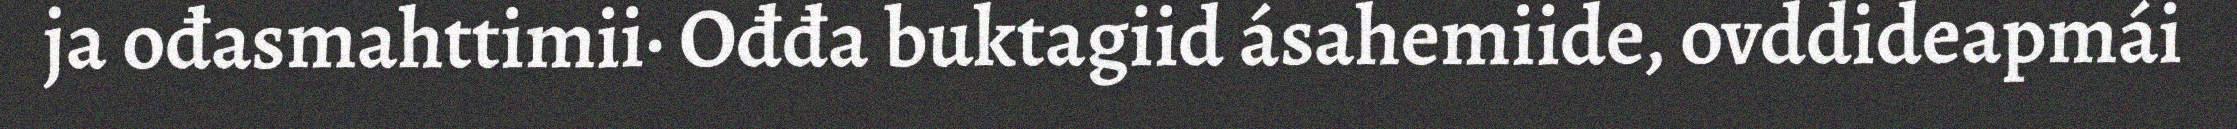
ja ođasmahttimii· Ođđa buktagiid ásahemiide, ovddideapmái